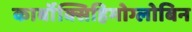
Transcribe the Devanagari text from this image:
कार्बॉक्सिहिमोग्लोबिन